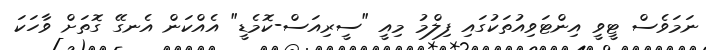
ނަމަވެސް ޓީވީ އިންޓަވިއުތަކުގައި ފިލްމު މިއީ "ސީރިއަސް-ކޮމެޑީ" އެއްކަން އެނގޭ ގޮތަށް ވާހަކަ